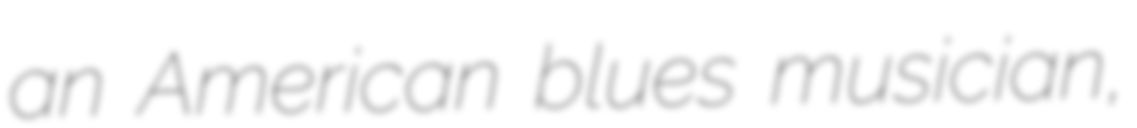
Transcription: an American blues musician,